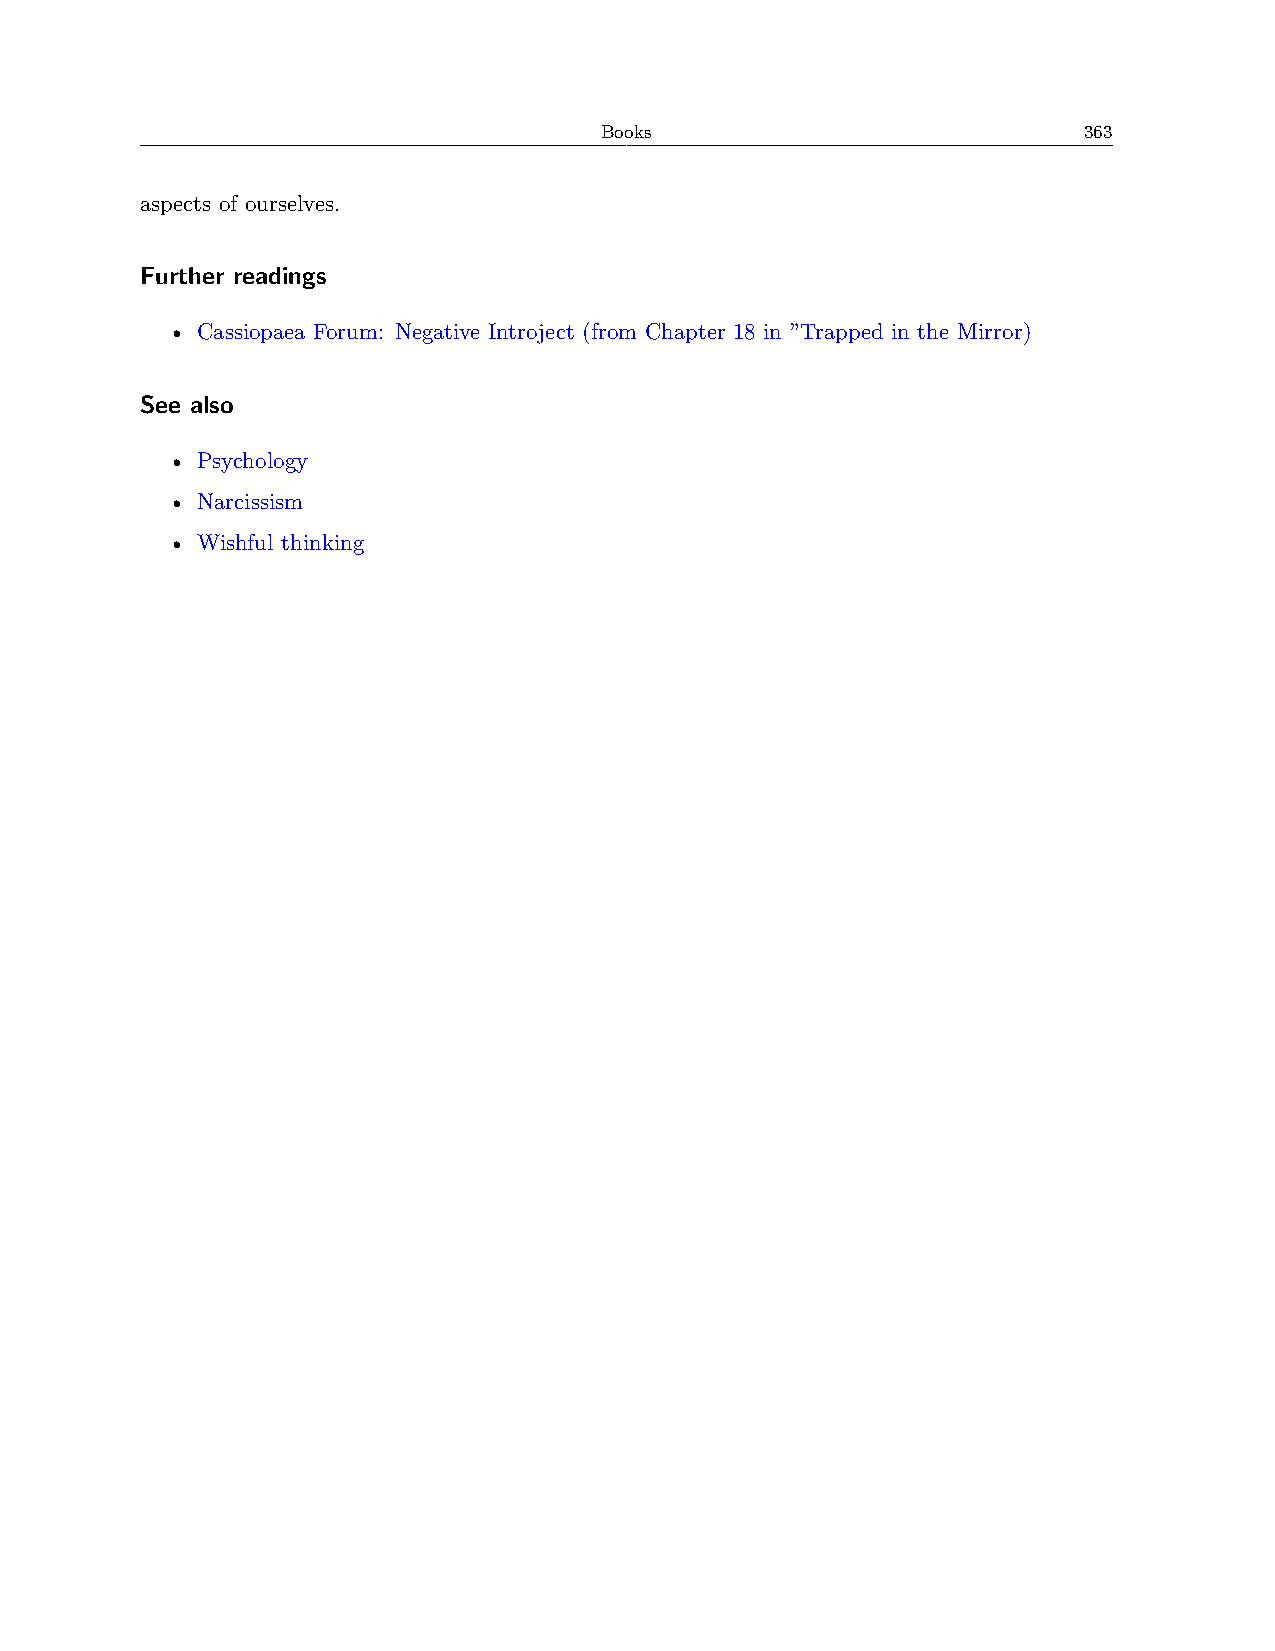
Books                           363
 aspects of ourselves.
 Further readings
 • Cassiopaea Forum: Negative Introject (from Chapter 18 in ”Trapped in the Mirror)
 See also
 • Psychology
 • Narcissism
 • Wishful thinking